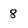
Character: 8